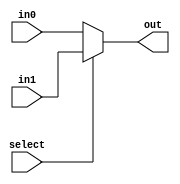
`timescale 1ns / 1ps
///////////////////////////////////////////////////////////////////////////////
// ENGI-0538-WB Computer Organization
// Lab Project: Single Cycle Processor
// Module Name:    mux2 
// Target Devices: Xilinx Spartan 3E Starter Board
///////////////////////////////////////////////////////////////////////////////
module mux2(
    input [7:0] in0,
    input [7:0] in1,
    input select,
    output [7:0] out
    );

    assign out = select ? in1 : in0;
endmodule